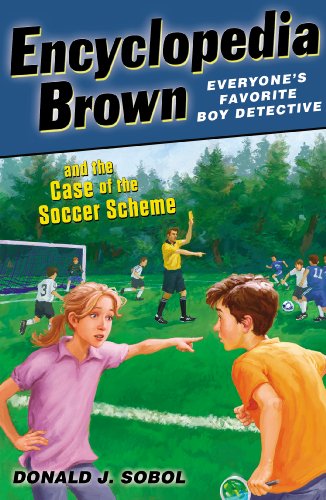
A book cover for Encyclopedia Brown and the Case of the Soccer Scheme; Donald J. Sobol; Children's Books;